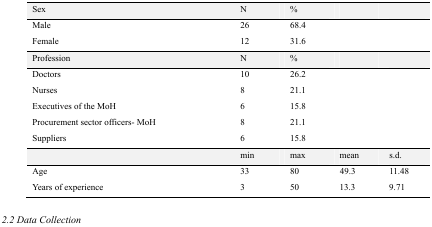
<table><thead><tr><td><b>Sex</b></td><td><b>N</b></td><td><b>%</b></td><td></td><td></td></tr></thead><tbody><tr><td>Male</td><td>26</td><td>68.4</td><td></td><td></td></tr><tr><td>Female</td><td>12</td><td>31.6</td><td></td><td></td></tr><tr><td>Profession</td><td>N</td><td>%</td><td></td><td></td></tr><tr><td>Doctors</td><td>10</td><td>26.2</td><td></td><td></td></tr><tr><td>Nurses</td><td>8</td><td>21.1</td><td></td><td></td></tr><tr><td>Executives of the MoH</td><td>6</td><td>15.8</td><td></td><td></td></tr><tr><td>Procurement sector officers- MoH</td><td>8</td><td>21.1</td><td></td><td></td></tr><tr><td>Suppliers</td><td>6</td><td>15.8</td><td></td><td></td></tr><tr><td></td><td>min</td><td>max</td><td>mean</td><td>s.d.</td></tr><tr><td>Age</td><td>33</td><td>80</td><td>49.3</td><td>11.48</td></tr><tr><td>Years of experience</td><td>3</td><td>50</td><td>13.3</td><td>9.71</td></tr></tbody></table>